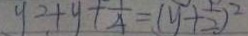
y ^ { 2 } + y + \frac { 1 } { 4 } = ( y + \frac { 1 } { 2 } ) ^ { 2 }